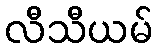
လီသီယမ်